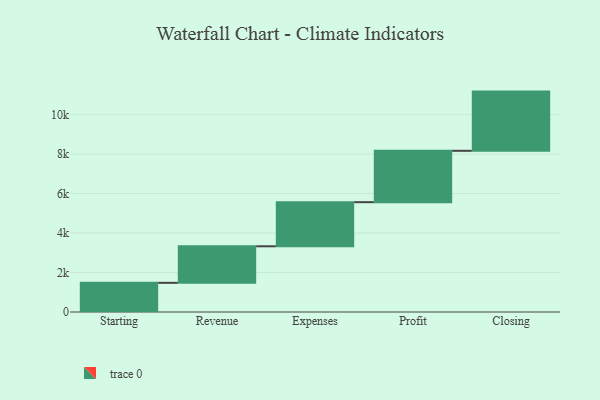
{"axis": {"x": "Step", "y": "Value"}, "legend": [""], "data": [{"x": "Starting", "y": 1478.0, "type": ""}, {"x": "Revenue", "y": 1852.0, "type": ""}, {"x": "Expenses", "y": 2235.0, "type": ""}, {"x": "Profit", "y": 2604.0, "type": ""}, {"x": "Closing", "y": 3000, "type": ""}]}